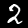
Digit: 2